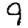
Digit: 9